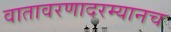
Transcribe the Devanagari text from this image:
वातावरणादरम्यानच